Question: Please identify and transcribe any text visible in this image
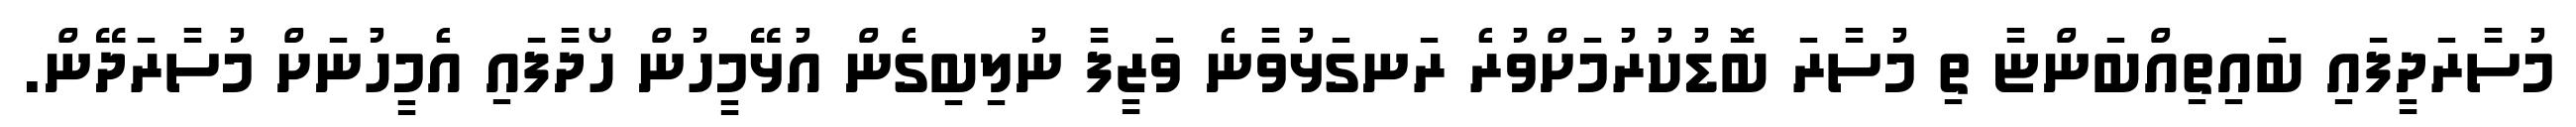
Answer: މުސާރަދީފައި ބައިތިއްބަންޏާ ތި މުސާރަ ބޮޑުކުރުމަށްވުރެ ރަނގަޅުވާނެ ވަޒީފާ ނުލިބިގެން އުޅޭމީހުން ހޯދާފައި އެމީހުނަށް މުސާރަދޭން.